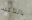
بالتأكيد